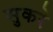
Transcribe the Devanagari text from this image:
सुकरे